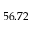
5 6 . 7 2